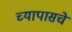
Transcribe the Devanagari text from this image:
च्यापासचे